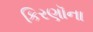
કિરણૉના